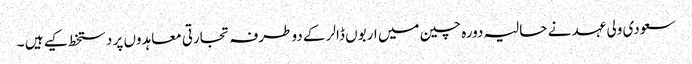
سعودی ولی عہد نے حالیہ دورہ چین میں اربوں ڈالر کے دو طرفہ تجارتی معاہدوں پر دستخط کیے ہیں ۔